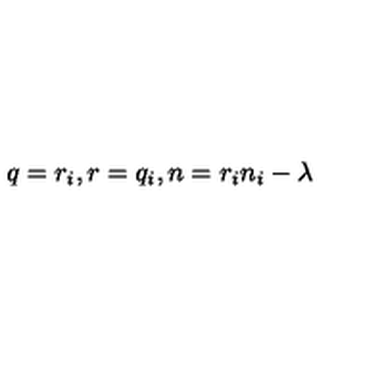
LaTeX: q = r _ { i } , r = q _ { i } , n = r _ { i } n _ { i } - \lambda